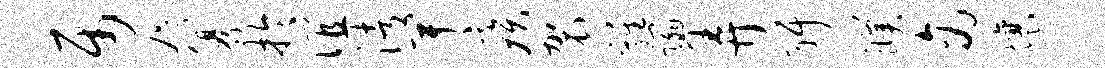
属咫纂於谊渚卑疾袈鸡蹋弄弭濮商壤